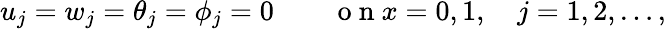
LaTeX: u_{j}=w_{j}=\theta_{j}=\phi_{j}=0\qquad\mathrm{~o~n~}x=0,1,\quad j=1,2,\dots,